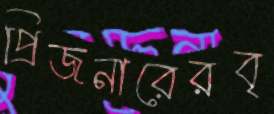
প্রিজনারেরবৃ